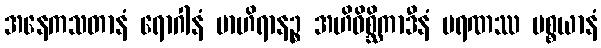
အနေကသတာနံ ရောဂါနံ ဗာဟိရာနဉ္စ အဟိဝိစ္ဆိကာဒီနံ မရဏဿ ပစ္စယာနံ